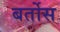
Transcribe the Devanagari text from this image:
बर्तोस